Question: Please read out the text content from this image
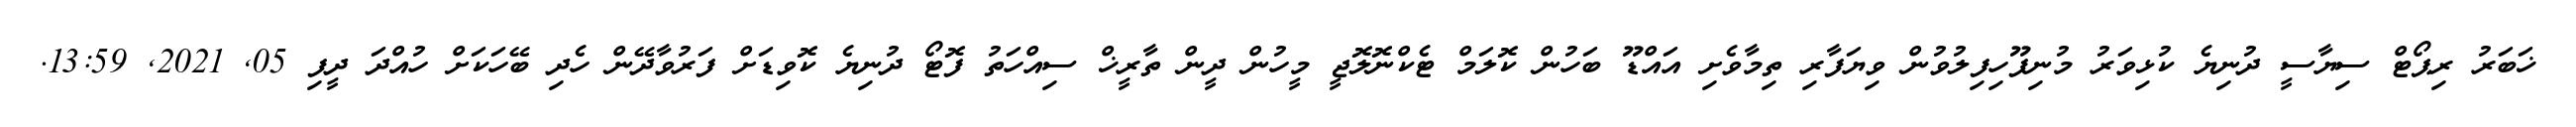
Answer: ޚަބަރު ރިޕޯޓް ސިޔާސީ ދުނިޔެ ކުޅިވަރު މުނިފޫހިފިލުވުން ވިޔަފާރި ތިމާވެށި އައްޑޫ ބަހުން ކޮލަމް ޓެކްނޮލޮޖީ މީހުން ދީން ތާރީޚް ސިއްހަތު ފޮޓޯ ދުނިޔެ ކޮވިޑަށް ފަރުވާދޭން ހެދި ބޭހަކަށް ހުއްދަ ދީފި 05, 2021, 13:59.